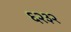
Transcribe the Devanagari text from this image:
६२३२